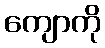
ကျောကို